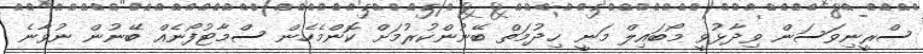
ސްރީނިވަސަން ވިދާޅުވީ މޯބައިލް މަނީ ޚިދުމަތް ބޭނުންކުރުމަށް ކޮންމެހެން ސްމާޓުފޯނެއް ބޭނުން ނުވާނެ